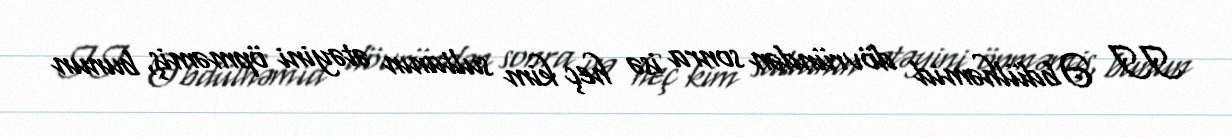
II Əbdülhəmid dövründən sonra isə heç kim sultanın ətəyini öpməmiş, bunun